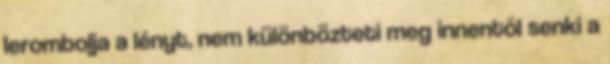
lerombolja a lényt, nem különbözteti meg innentől senki a